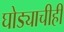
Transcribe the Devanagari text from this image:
घोड्याचीही